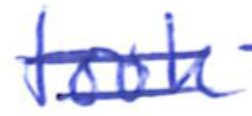
Text: took
Cross-out: double-line
Writing tool: ballpoint